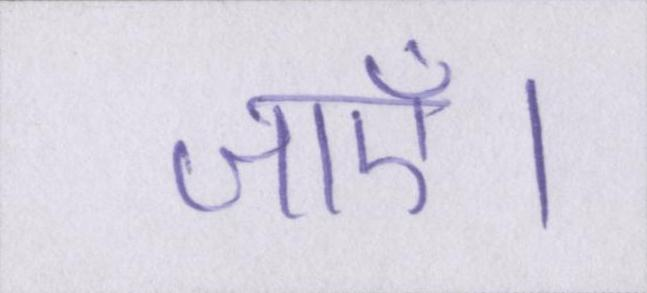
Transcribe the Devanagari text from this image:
जाएँ।